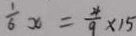
\frac { 1 } { 6 } x = \frac { 4 } { 9 } \times 1 5